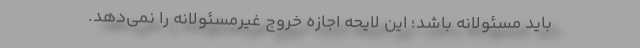
باید مسئولانه باشد؛ این لایحه اجازه خروج غیرمسئولانه را نمی‌دهد.